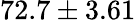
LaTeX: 72.7\pm 3.61